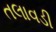
તલાવડી